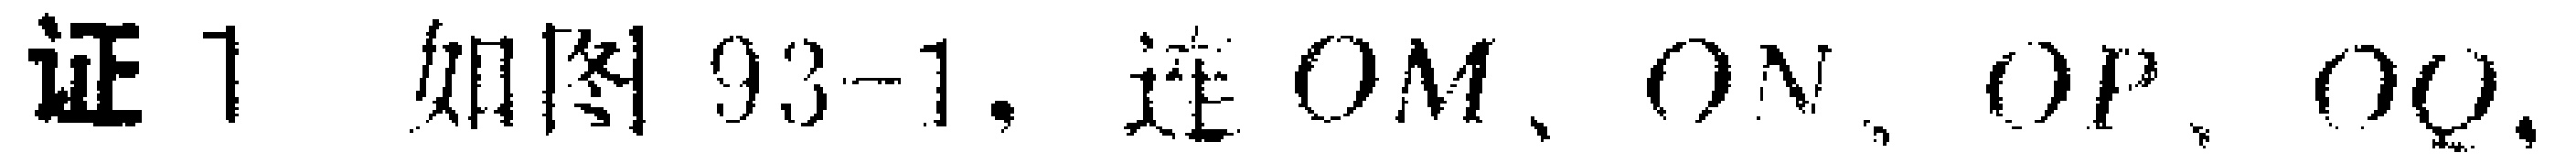
证 1 如图 93-1，连 \(OM\)、\(ON\)、\(OP\)、\(OQ\)。